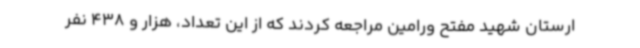
ارستان شهید مفتح ورامین مراجعه کردند که از این تعداد، هزار و 438 نفر